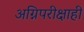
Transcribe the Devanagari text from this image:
अग्निपरीक्षाही